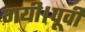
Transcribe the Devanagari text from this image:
गयी।पूर्वी